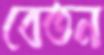
বেতন